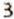
3